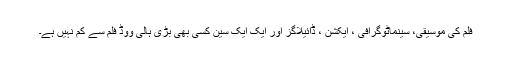
فلم کی موسیقی، سینماٹوگرافی ، ایکشن ، ڈائیلاگز اور ایک ایک سین کسی بھی بڑی ہالی ووڈ فلم سے کم نہیں ہے۔